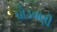
ઘોડવણી